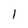
Character: l